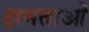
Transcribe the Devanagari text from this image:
क्षमताआें